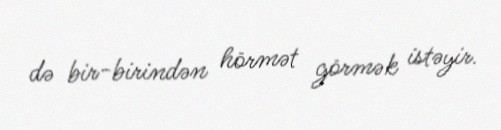
də bir-birindən hörmət görmək istəyir.